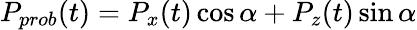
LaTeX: P_{prob}(t)=P_{x}(t)\cos\alpha+P_{z}(t)\sin\alpha